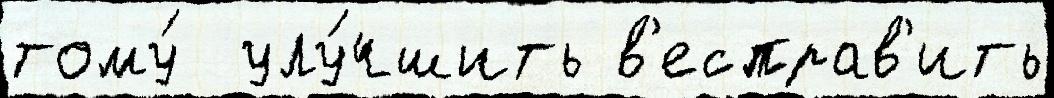
тому́  улу́чшить в'есправ'ить